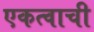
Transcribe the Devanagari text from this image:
एकत्वाची